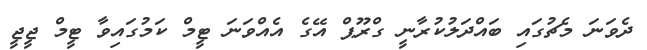
ދެވަނަ މެޗުގައި ބައްދަލުކުރާނީ ގްރޫޕް އޭގެ އެއްވަނަ ޓީމް ކަމުގައިވާ ޓީމް ޖީޖީ